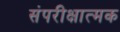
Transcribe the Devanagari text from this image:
संपरीक्षात्मक